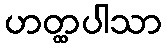
ဟတ္ထပါသာ